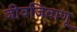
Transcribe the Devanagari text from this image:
जीवजिवाणू